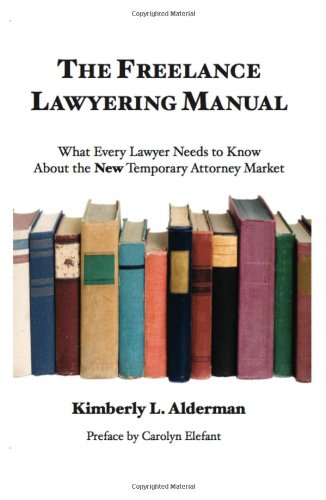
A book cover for The Freelance Lawyering Manual: What Every Lawyer Needs to Know about the New Temporary Attorney Market; Kimberly L. Alderman; Law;